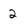
Character: 2